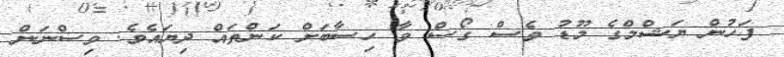
ފަހުން ޔަޝްމްގެ މޫޑު ވެސް ގޯސް ވާ ހިސާބަށް ކަންތައް ދިޔައެވެ. ވިސްނަން